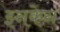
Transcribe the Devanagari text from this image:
इनकेन